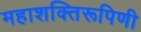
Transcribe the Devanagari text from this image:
महाशक्तिरूपिणी